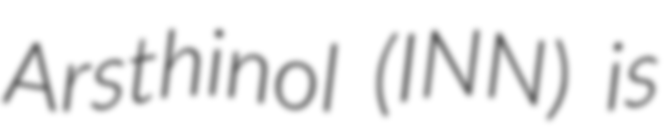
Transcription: Arsthinol (INN) is